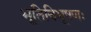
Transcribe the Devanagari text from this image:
भूतिविभूषणः